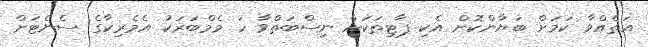
އަތެއްވާ ކަމަށް ބަޔާންކޮށް އެކި ޕާޓިތަކަށް ނިސްބަތްވާ ހަ މެމްބަރަކު އެމެރިކާގެ ސެނެޓަށް